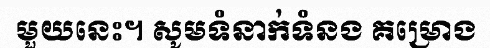
មួយនេះ។ សូមទំនាក់ទំនង គម្រោង